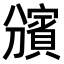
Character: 𧷟